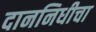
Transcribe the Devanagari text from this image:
दाननिधीचा